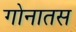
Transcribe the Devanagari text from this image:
गोनातस